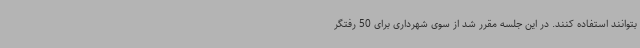
بتوانند استفاده کنند. در این جلسه مقرر شد از سوی شهرداری برای 50 رفتگر